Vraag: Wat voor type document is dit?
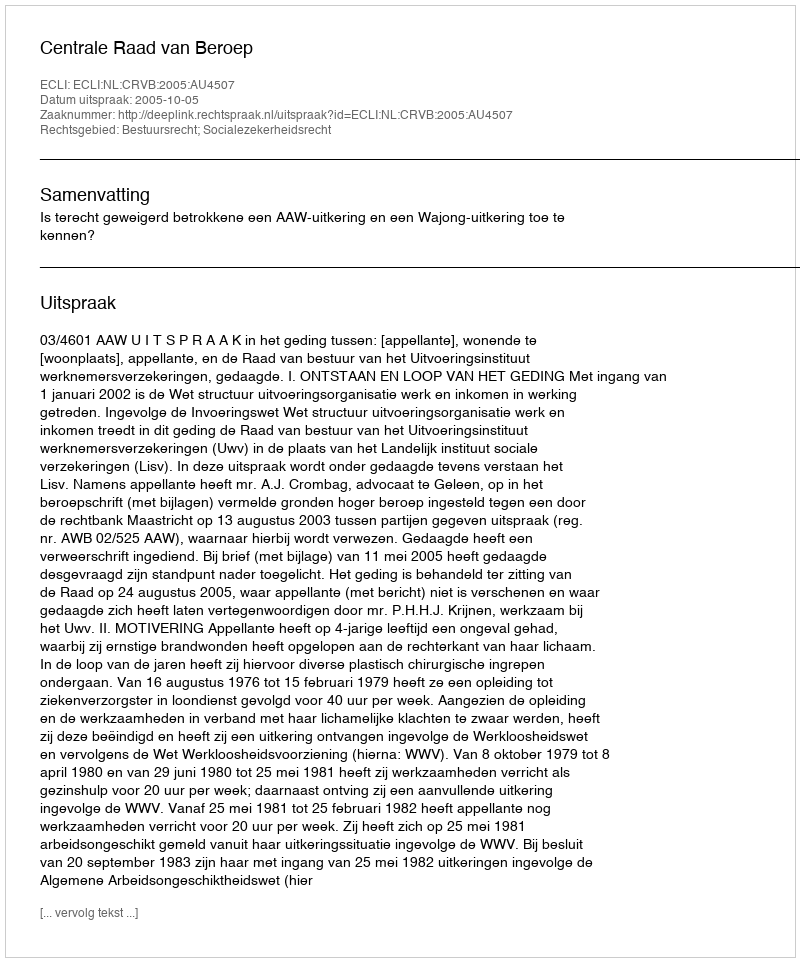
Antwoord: Uitspraak